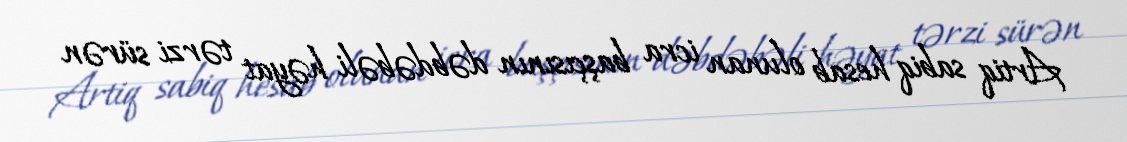
Artiq sabiq hesab olunan icra başçısının dəbdəbəli həyat tərzi sürən